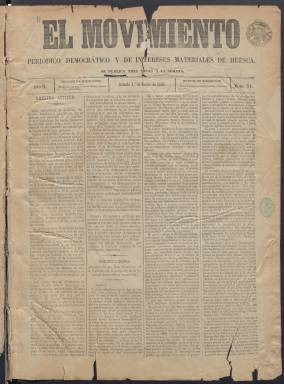
Título: El Movimiento (Huesca)
Colección: Periódicos
Ámbito geográfico: Huesca
Lugar de publicación: Huesca
Fechas: 01/01/1881-31/12/1881